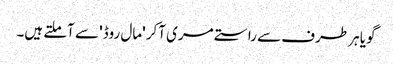
گویا ہر طرف سے راستے مری آکر 'مال روڈ' سے آملتے ہیں۔